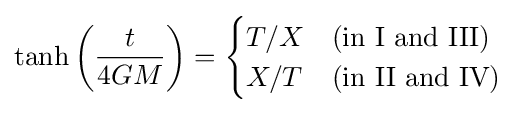
\tanh \left({\frac {t}{4GM}}\right)={\begin{cases}T/X&{\text{(in I and III)}}\\X/T&{\text{(in II and IV)}}\end{cases}}